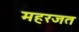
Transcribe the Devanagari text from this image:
महरजत